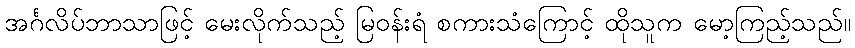
အင်္ဂလိပ်ဘာသာဖြင့် မေးလိုက်သည့် မြဝန်းရံ စကားသံကြောင့် ထိုသူက မော့ကြည့်သည်။